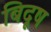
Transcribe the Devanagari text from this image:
बिदूष